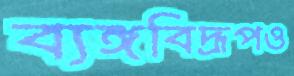
ব্যঙ্গবিদ্রূপও